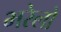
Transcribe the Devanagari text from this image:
भरेलो